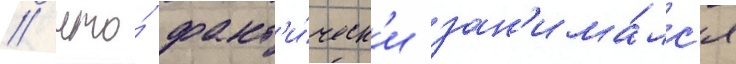
/ что́ факт'и́ческ'и зан'има́лс'я